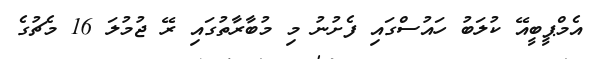
އެމްޕީބީއޭ ކުލަބު ހައުސްގައި ފެށުނު މި މުބާރާތުގައި ރޭ ޖުމުލަ 16 މެޗުގެ